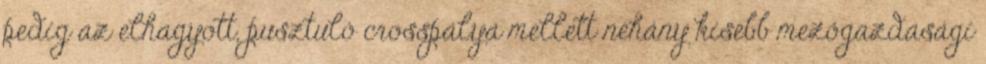
pedig az elhagyott, pusztuló crosspálya mellett néhány kisebb mezőgazdasági